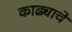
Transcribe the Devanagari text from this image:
काढ्याचे